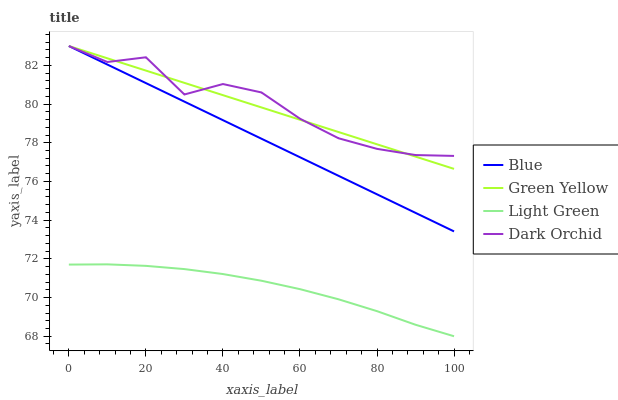
| xaxis_label | Blue | Green Yellow | Light Green | Dark Orchid |
 | --- | --- | --- | --- | --- |
 | 0 | 83 | 83 | 71.7 | 83 |
 | 10 | 82 | 82.4 | 71.7 | 82.2 |
 | 20 | 81.1 | 81.7 | 71.6 | 82.4 |
 | 30 | 80.1 | 81.1 | 71.5 | 80.5 |
 | 40 | 79.2 | 80.5 | 71.2 | 81 |
 | 50 | 78.2 | 79.8 | 70.9 | 80.6 |
 | 60 | 77.3 | 79.2 | 70.4 | 79.2 |
 | 70 | 76.3 | 78.6 | 69.9 | 78.2 |
 | 80 | 75.3 | 77.9 | 69.3 | 77.7 |
 | 90 | 74.4 | 77.3 | 68.6 | 77.4 |
 | 100 | 73.4 | 76.7 | 68 | 77.3 |